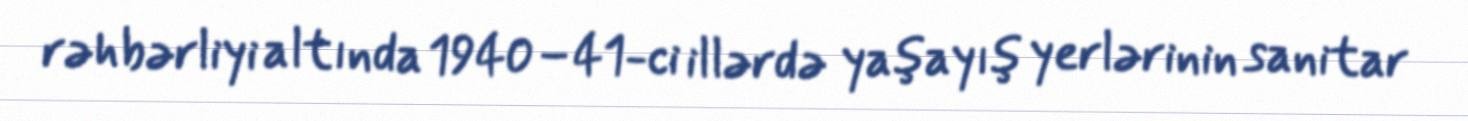
rəhbərliyi altında 1940–41-ci illərdə yaşayış yerlərinin sanitar